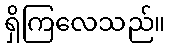
ရှိကြလေသည်။